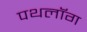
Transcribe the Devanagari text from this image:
पथलॉग